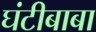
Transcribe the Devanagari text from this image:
घंटीबाबा